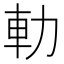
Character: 䡃